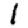
Digit: 1